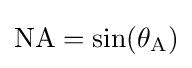
{\rm {{NA}=\sin(\theta _{A})}}